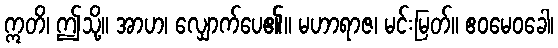
ဣတိ၊ ဤသို့။ အာဟ၊ လျှောက်ပေ၏။ မဟာရာဇ၊ မင်းမြတ်။ ဧဝမေဝခေါ၊